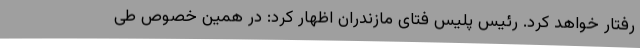
رفتار خواهد کرد. رئیس پلیس فتای مازندران اظهار کرد: در همین خصوص طی